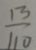
\frac { 1 3 } { 1 1 0 }